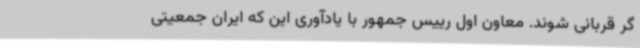
گر قربانی شوند. معاون اول رییس جمهور با یادآوری این که ایران جمعیتی